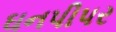
ઘનપીપર